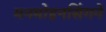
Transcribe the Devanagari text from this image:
मनमोहनसिंगने